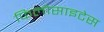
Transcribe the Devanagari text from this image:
फिलोसाइटेस